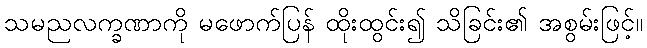
သမညလက္ခဏာကို မဖောက်ပြန် ထိုးထွင်း၍ သိခြင်း၏ အစွမ်းဖြင့်။